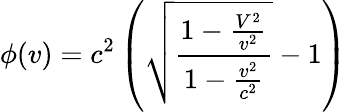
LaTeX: \phi(v)=c^{2}\left(\sqrt{\frac{1-\frac{V^{2}}{v^{2}}}{1-\frac{v^{2}}{c^{2}}}}-1\right)